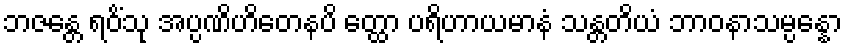
ဘဇန္တေ ရဝိံသု အပ္ပဏိဟိတေနပိ တ္ထော ပရိဟာယမာနံ သန္တတိယံ ဘာဝနာသမ္ပန္နော